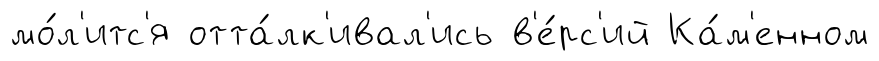
мо́л'итс'я отта́лк'ивал'ись в'е́рс'ий Ка́м'енном